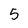
Character: 5